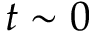
t \sim 0